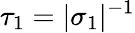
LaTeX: \tau_{1}=|\sigma_{1}|^{-1}